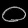
Digit: ၀